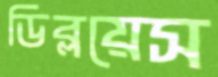
ডিব্লয়েস